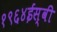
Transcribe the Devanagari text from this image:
१९६४ईस्वी